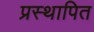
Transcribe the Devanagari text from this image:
प्रस्‍थापित